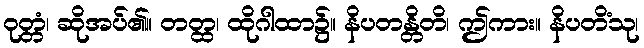
ဝုတ္တံ၊ ဆိုအပ်၏။ တတ္ထ၊ ထိုဂါထာ၌။ နိပတန္တိတိ၊ ဤကား။ နိပတိံသု၊